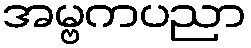
အမ္ဗကပညာ